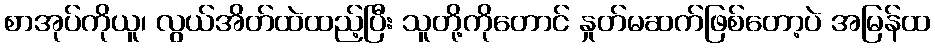
စာအုပ်ကိုယူ၊ လွယ်အိတ်ထဲထည့်ပြီး သူတို့ကိုတောင် နှုတ်မဆက်ဖြစ်တော့ပဲ အမြန်ထ